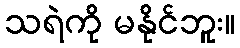
သရဲကို မနိုင်ဘူး။